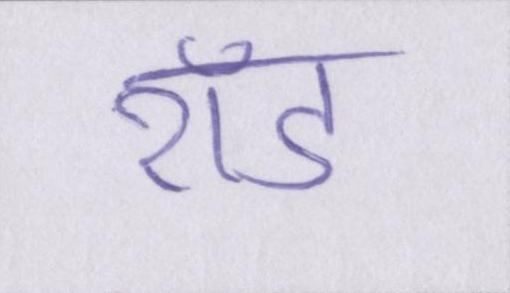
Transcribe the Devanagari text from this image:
रॉड